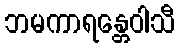
ဘမကာရန္တေဝါသီ